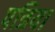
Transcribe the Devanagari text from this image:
पत्रिया